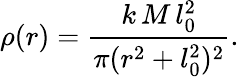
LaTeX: \rho(r)=\frac{k\, M\, l_{0}^{2}}{\pi(r^{2}+l_{0}^{2})^{2}}.